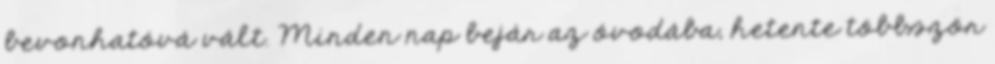
bevonhatóvá vált. Minden nap bejár az óvodába, hetente többször